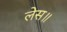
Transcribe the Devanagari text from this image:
लेस॥